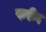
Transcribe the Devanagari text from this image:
स़दीद